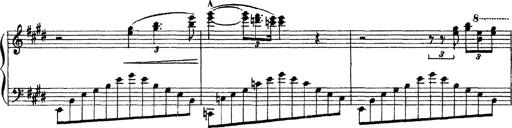
Title: 3 sonetti di Petrarca
Composer: Franz Liszt